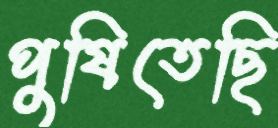
পুষিতেছি